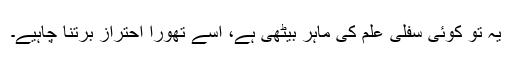
یہ تو کوئی سفلی علم کی ماہر بیٹھی ہے، اسے تھورا احتراز برتنا چاہیے۔